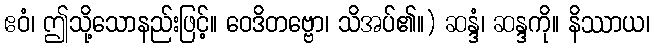
ဧဝံ၊ ဤသို့သောနည်းဖြင့်။ ဝေဒိတဗ္ဗော၊ သိအပ်၏။) ဆန္ဒံ၊ ဆန္ဒကို။ နိဿာယ၊